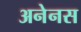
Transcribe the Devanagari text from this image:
अनेनस